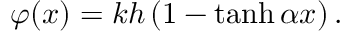
\varphi ( x ) = k h \left( 1 - \operatorname { t a n h } \alpha x \right) .